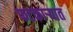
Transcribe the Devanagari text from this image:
फटकाऱ्यात